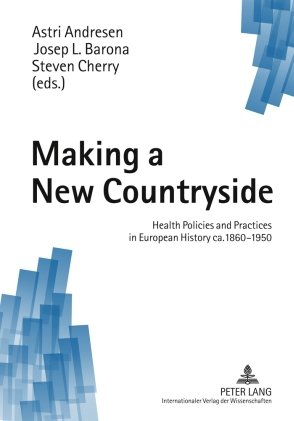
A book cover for Making a New Countryside: Health Policies and Practices in European History ca. 1860-1950; Medical Books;